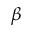
\beta